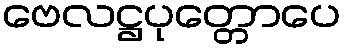
ဗေလဋ္ဌပုတ္တောပေ